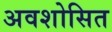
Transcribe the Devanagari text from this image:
अवशोसित